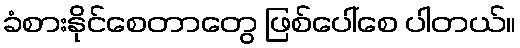
ခံစားနိုင်စေတာတွေ ဖြစ်ပေါ်စေ ပါတယ်။